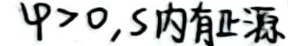
$\varphi>0,S$内有正源